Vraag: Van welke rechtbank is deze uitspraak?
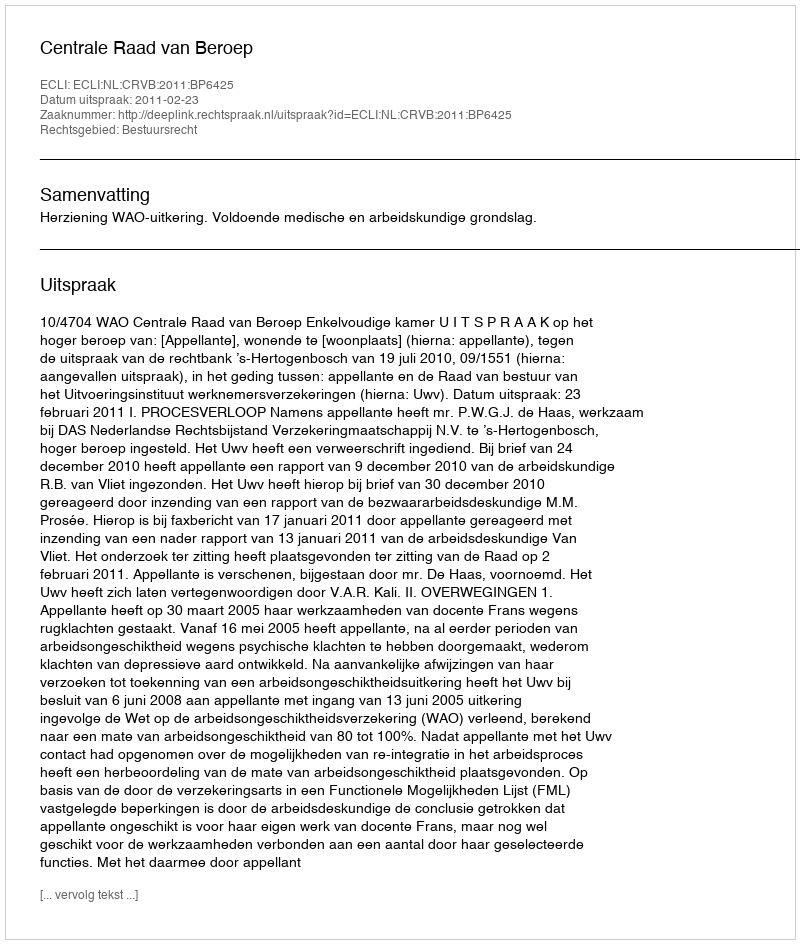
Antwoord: Centrale Raad van Beroep